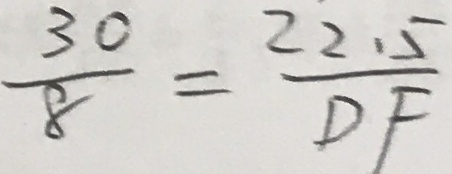
\frac { 3 0 } { 8 } = \frac { 2 2 . 5 } { D F }